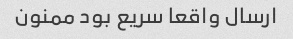
ارسال واقعا سریع بود ممنون